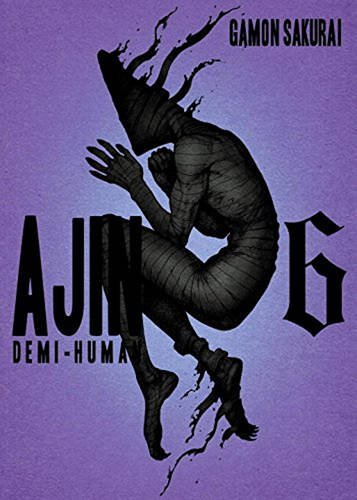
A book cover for Ajin, Volume 6: Demi-Human; Gamon Sakurai; Comics & Graphic Novels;